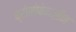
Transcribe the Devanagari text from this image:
ब्रोमोबेनज़ीन